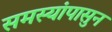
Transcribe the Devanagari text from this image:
समस्यांपासुन